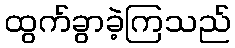
ထွက်ခွာခဲ့ကြသည်